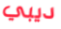
ديبي